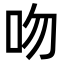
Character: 吻